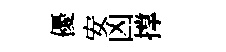
優安凶撑